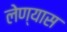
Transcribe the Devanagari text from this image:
लेण्यास